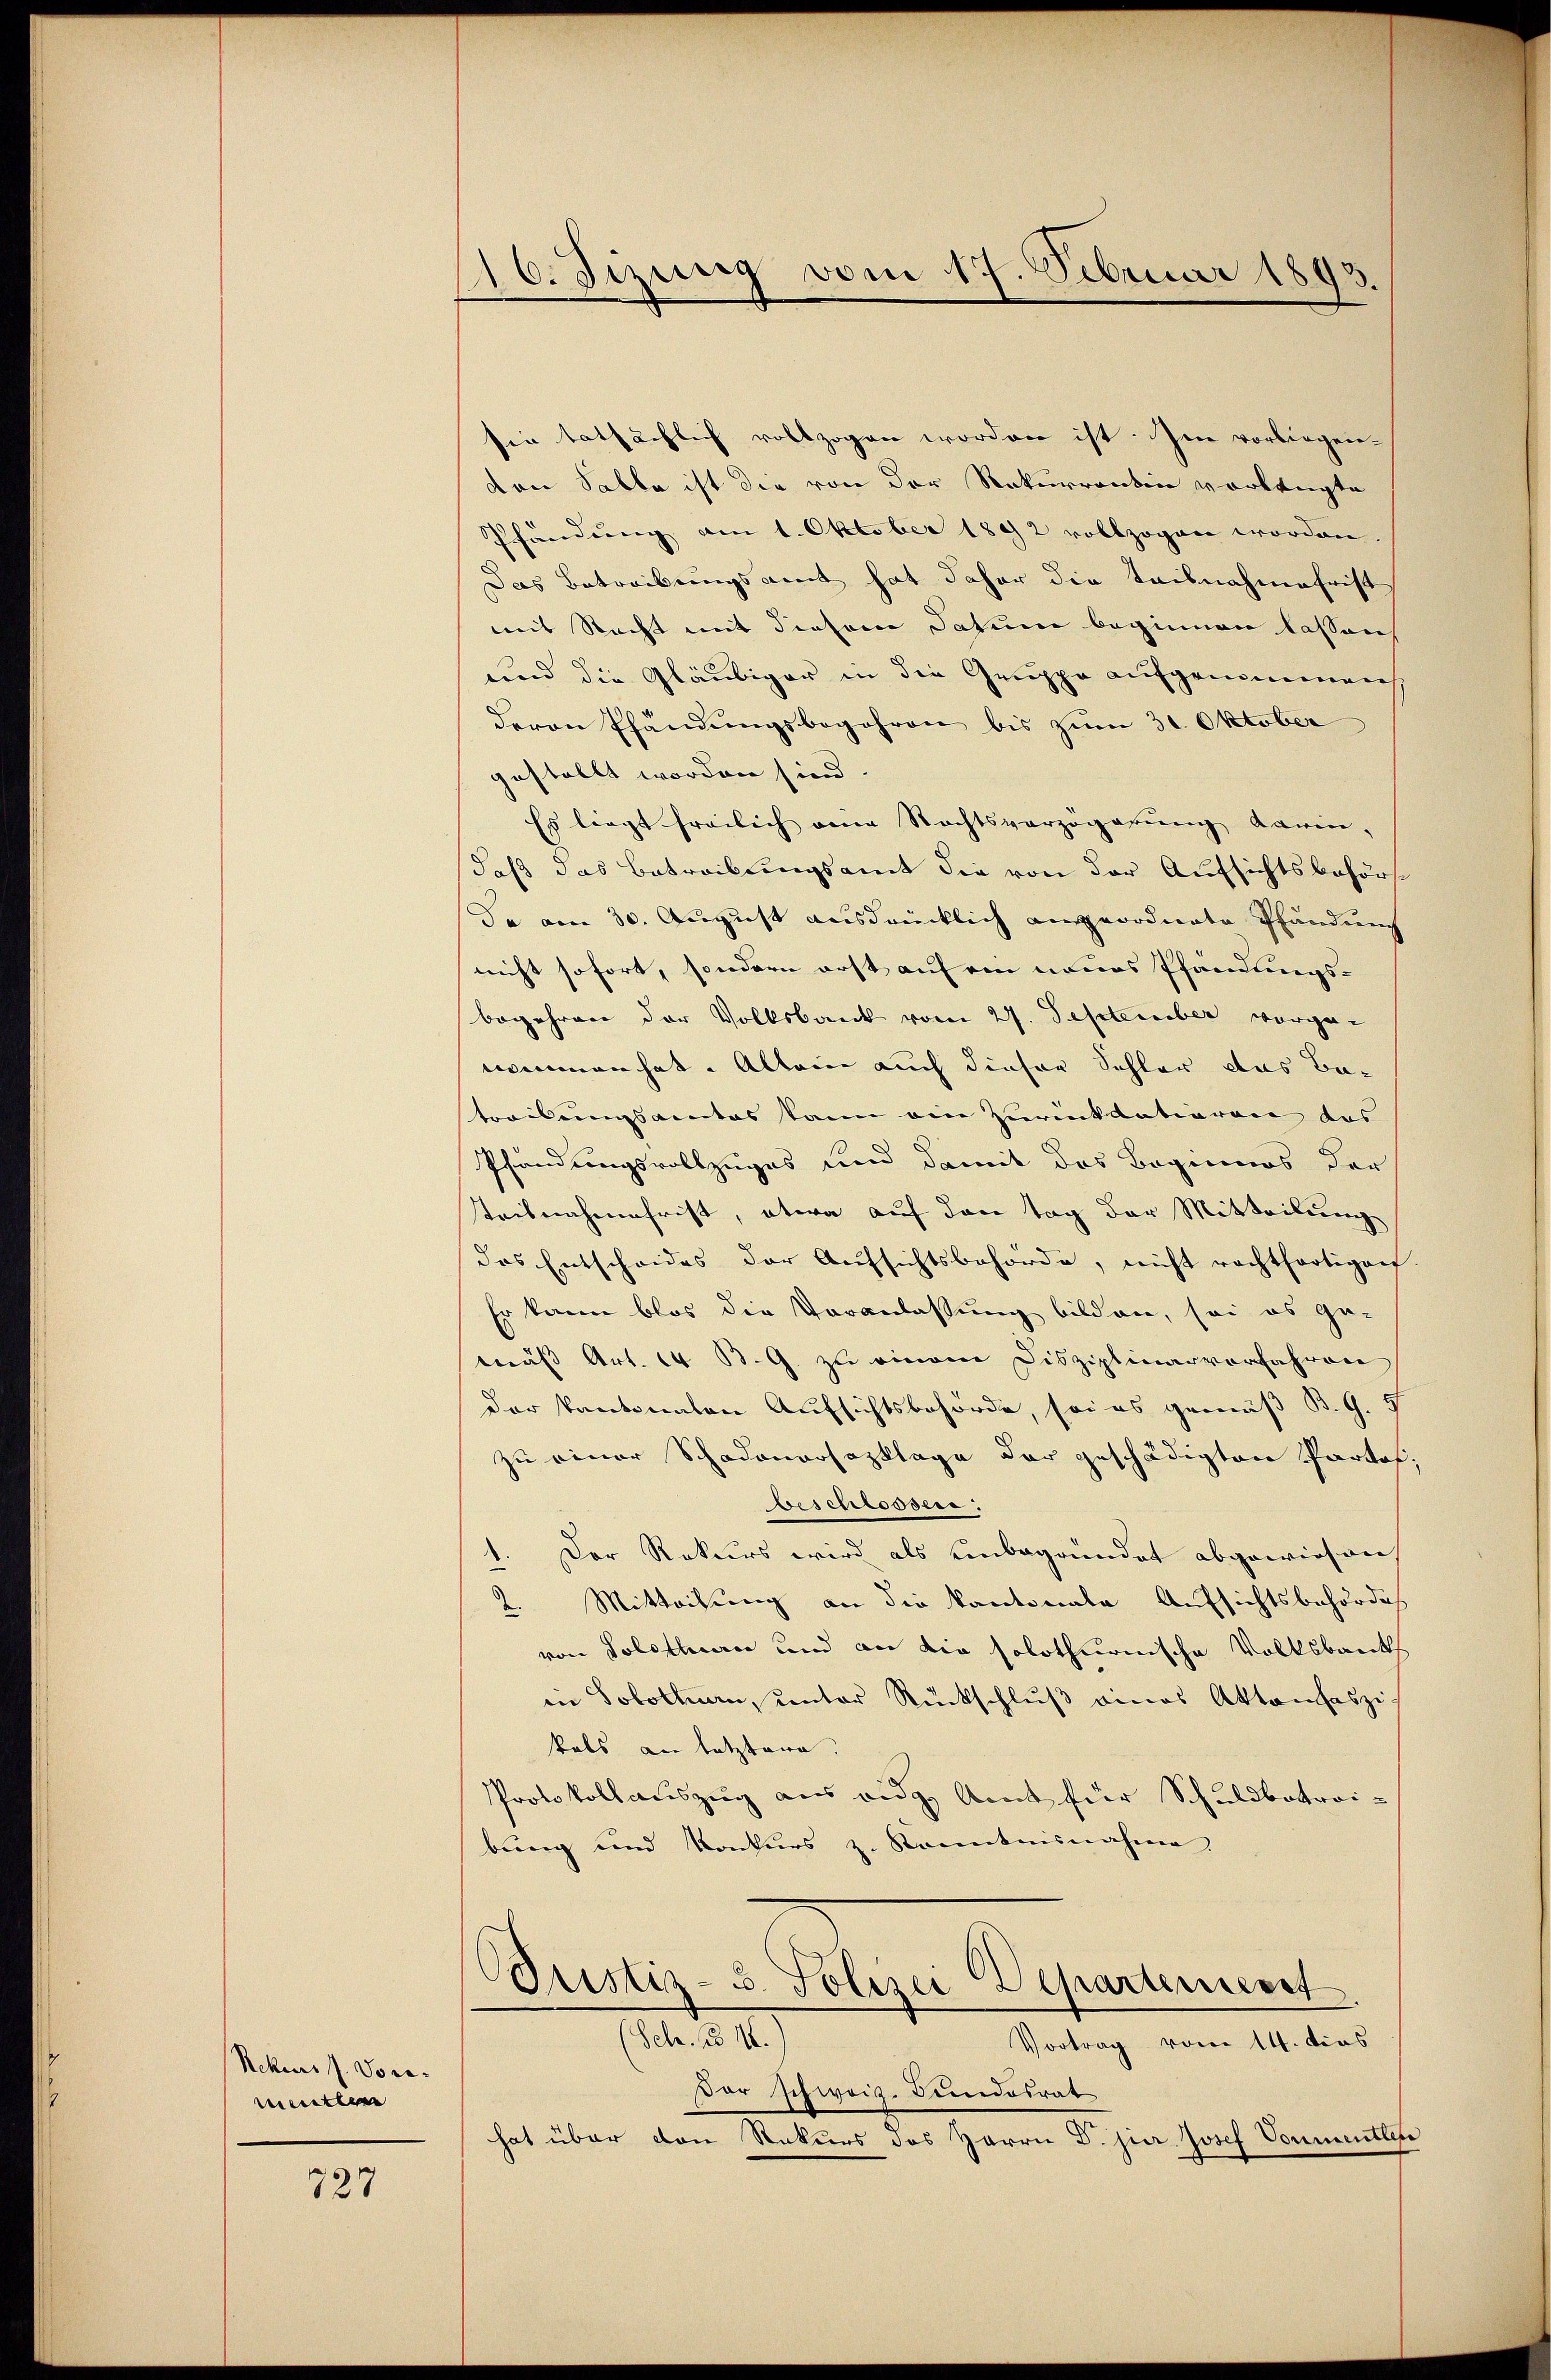
Rekess. Vore.
mentle

727

46. Sizung vom 17. Februar 1843
.

sie tatsächlich vollzogen worden ist. Im vorliegen-
den Sabbe ist die von der Rekurrentin vorbeugte
Pfändung am 1. Oktober 1842 vollzogen worden.
Das Betreibungsamt hat daher die Teilnahmefrist
mit Recht mit diesem Datum beginnen lassen
uend die Gläubiger in die Gruppe aufgenommen
deren Pfändungsbegehren bis zum 30. Oktober
gestellt worden sind.
Es liegt freilich eine Rechtsverzögerung darin,
daß das Betreibungsamt die von der Aufsichtsbehör
da am 30. August ausdrücklich angeordnete Pfändung
nicht sofort, sondern erst auf ein neues Pfändungsbegehren der Volksbank vom 27. September vorge-
nommen hat. Allein auch dieser Schler das Batroilungsamtes kann ain Zurückdationen das
Pfändungsvollzuges und damit das Beginnos der
steilnahmefrist, etwa auf den Tag der Mitteilung
das Entscheides der Aufsichtsbehörde, nicht rachthortigen.
Er kann blos die Veranlassung bilden, sei es ge-
mäβ Art. 14. B. G. zu einem Disziplinarvorfahren
der kantonalen Aufsichtsbehörde, sei es gemäß B. G. 5
zu einer Schadenarsozklage der geschädigten Partel,
beschlossen:
1. Der Rekurs wird als unbegründet abgewiesen,
2. Mitteilung an die kantonale Aufsichtsbehörde
von Solothurn und an die solothurnische Volksbank
in Solothurn, unter Rückschlŭβ eines Aktenseszi
kals an letztere.
Protokollauszug aus eidg. Amt für Schuldbatroi-
bung und Konkurs z. Kenntnisnahme,
Pustiz- u. Polizei Departement
(Sch. 1316.
Vortrag vom 14. dies
Dar schweiz. Bundesrat
hat über den Rekurs des Herrn Dr. jur. Josef Vormentlese